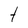
Character: t